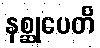
နစ္ဆုပေတိ